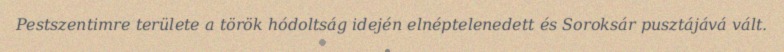
Pestszentimre területe a török hódoltság idején elnéptelenedett és Soroksár pusztájává vált.